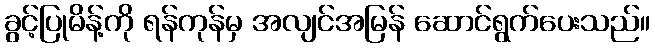
ခွင့်ပြုမိန့်ကို ရန်ကုန်မှ အလျင်အမြန် ဆောင်ရွက်ပေးသည်။